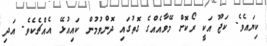
ކިޔައެވެ. ކަޖޫ އަކީ ރޯކޮށް މޭވާއެއްގެ ގޮތުގައި ދޮންވުމުން ކައިއުޅޭ އެއްޗެކެވެ. އަދި